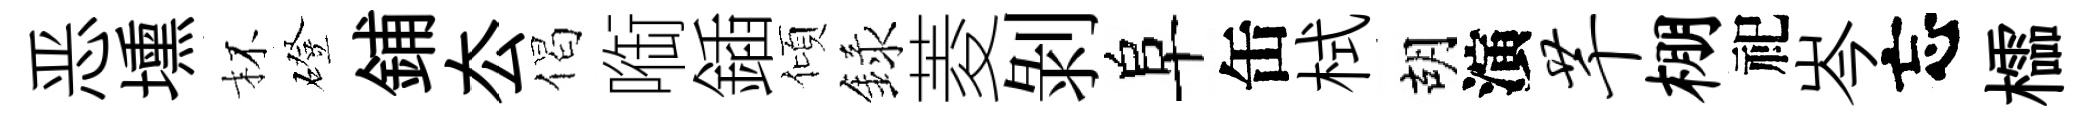
恶壎杯磴鋪厺偈㗸鍤傾録菱剝阜缶栻胡演芊棚祀岑忘櫺